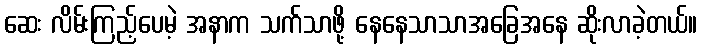
ဆေး လိမ်းကြည့်ပေမဲ့ အနာက သက်သာဖို့ နေနေသာသာအခြေအနေ ဆိုးလာခဲ့တယ်။